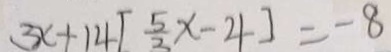
3 x + 1 4 [ \frac { 5 } { 3 } x - 4 ] = - 8